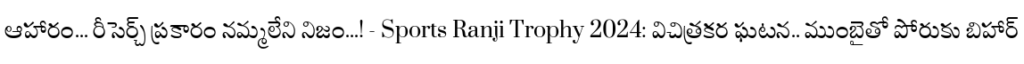
ఆహారం... రీసెర్చ్ ప్రకారం నమ్మలేని నిజం...! - Sports Ranji Trophy 2024: విచిత్రకర ఘటన.. ముంబైతో పోరుకు బిహార్